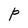
Character: P